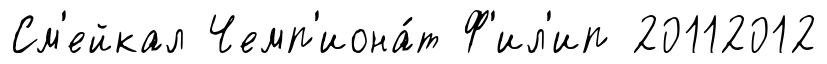
См'ейкал Чемп'иона́т Ф'ил'ип 20112012